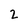
Character: 2